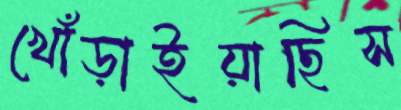
খোঁড়াইয়াছিস